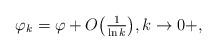
LaTeX: \begin{align*} \varphi_k =\varphi + O\big(\tfrac{1}{\ln k}\big),k\rightarrow 0+,\end{align*}